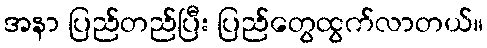
အနာ ပြည်တည်ပြီး ပြည်တွေထွက်လာတယ်။